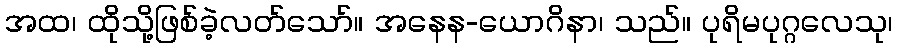
အထ၊ ထိုသို့ဖြစ်ခဲ့လတ်သော်။ အနေန-ယောဂိနာ၊ သည်။ ပုရိမပုဂ္ဂလေသု၊